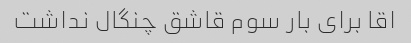
اقا برای بار سوم قاشق چنگال نداشت